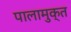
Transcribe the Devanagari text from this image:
पालामुक्त